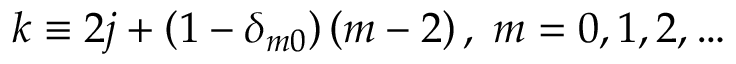
k \equiv 2 j + \left( 1 - \delta _ { m 0 } \right) \left( m - 2 \right) , \; m = 0 , 1 , 2 , \ldots